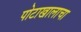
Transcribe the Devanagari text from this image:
पोटाखालाचा